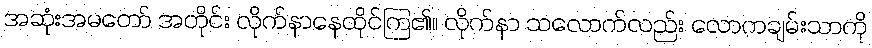
အဆုံးအမတော် အတိုင်း လိုက်နာနေထိုင်ကြ၏။ လိုက်နာ သလောက်လည်း လောကချမ်းသာကို